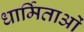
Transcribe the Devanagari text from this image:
धार्मिताओं